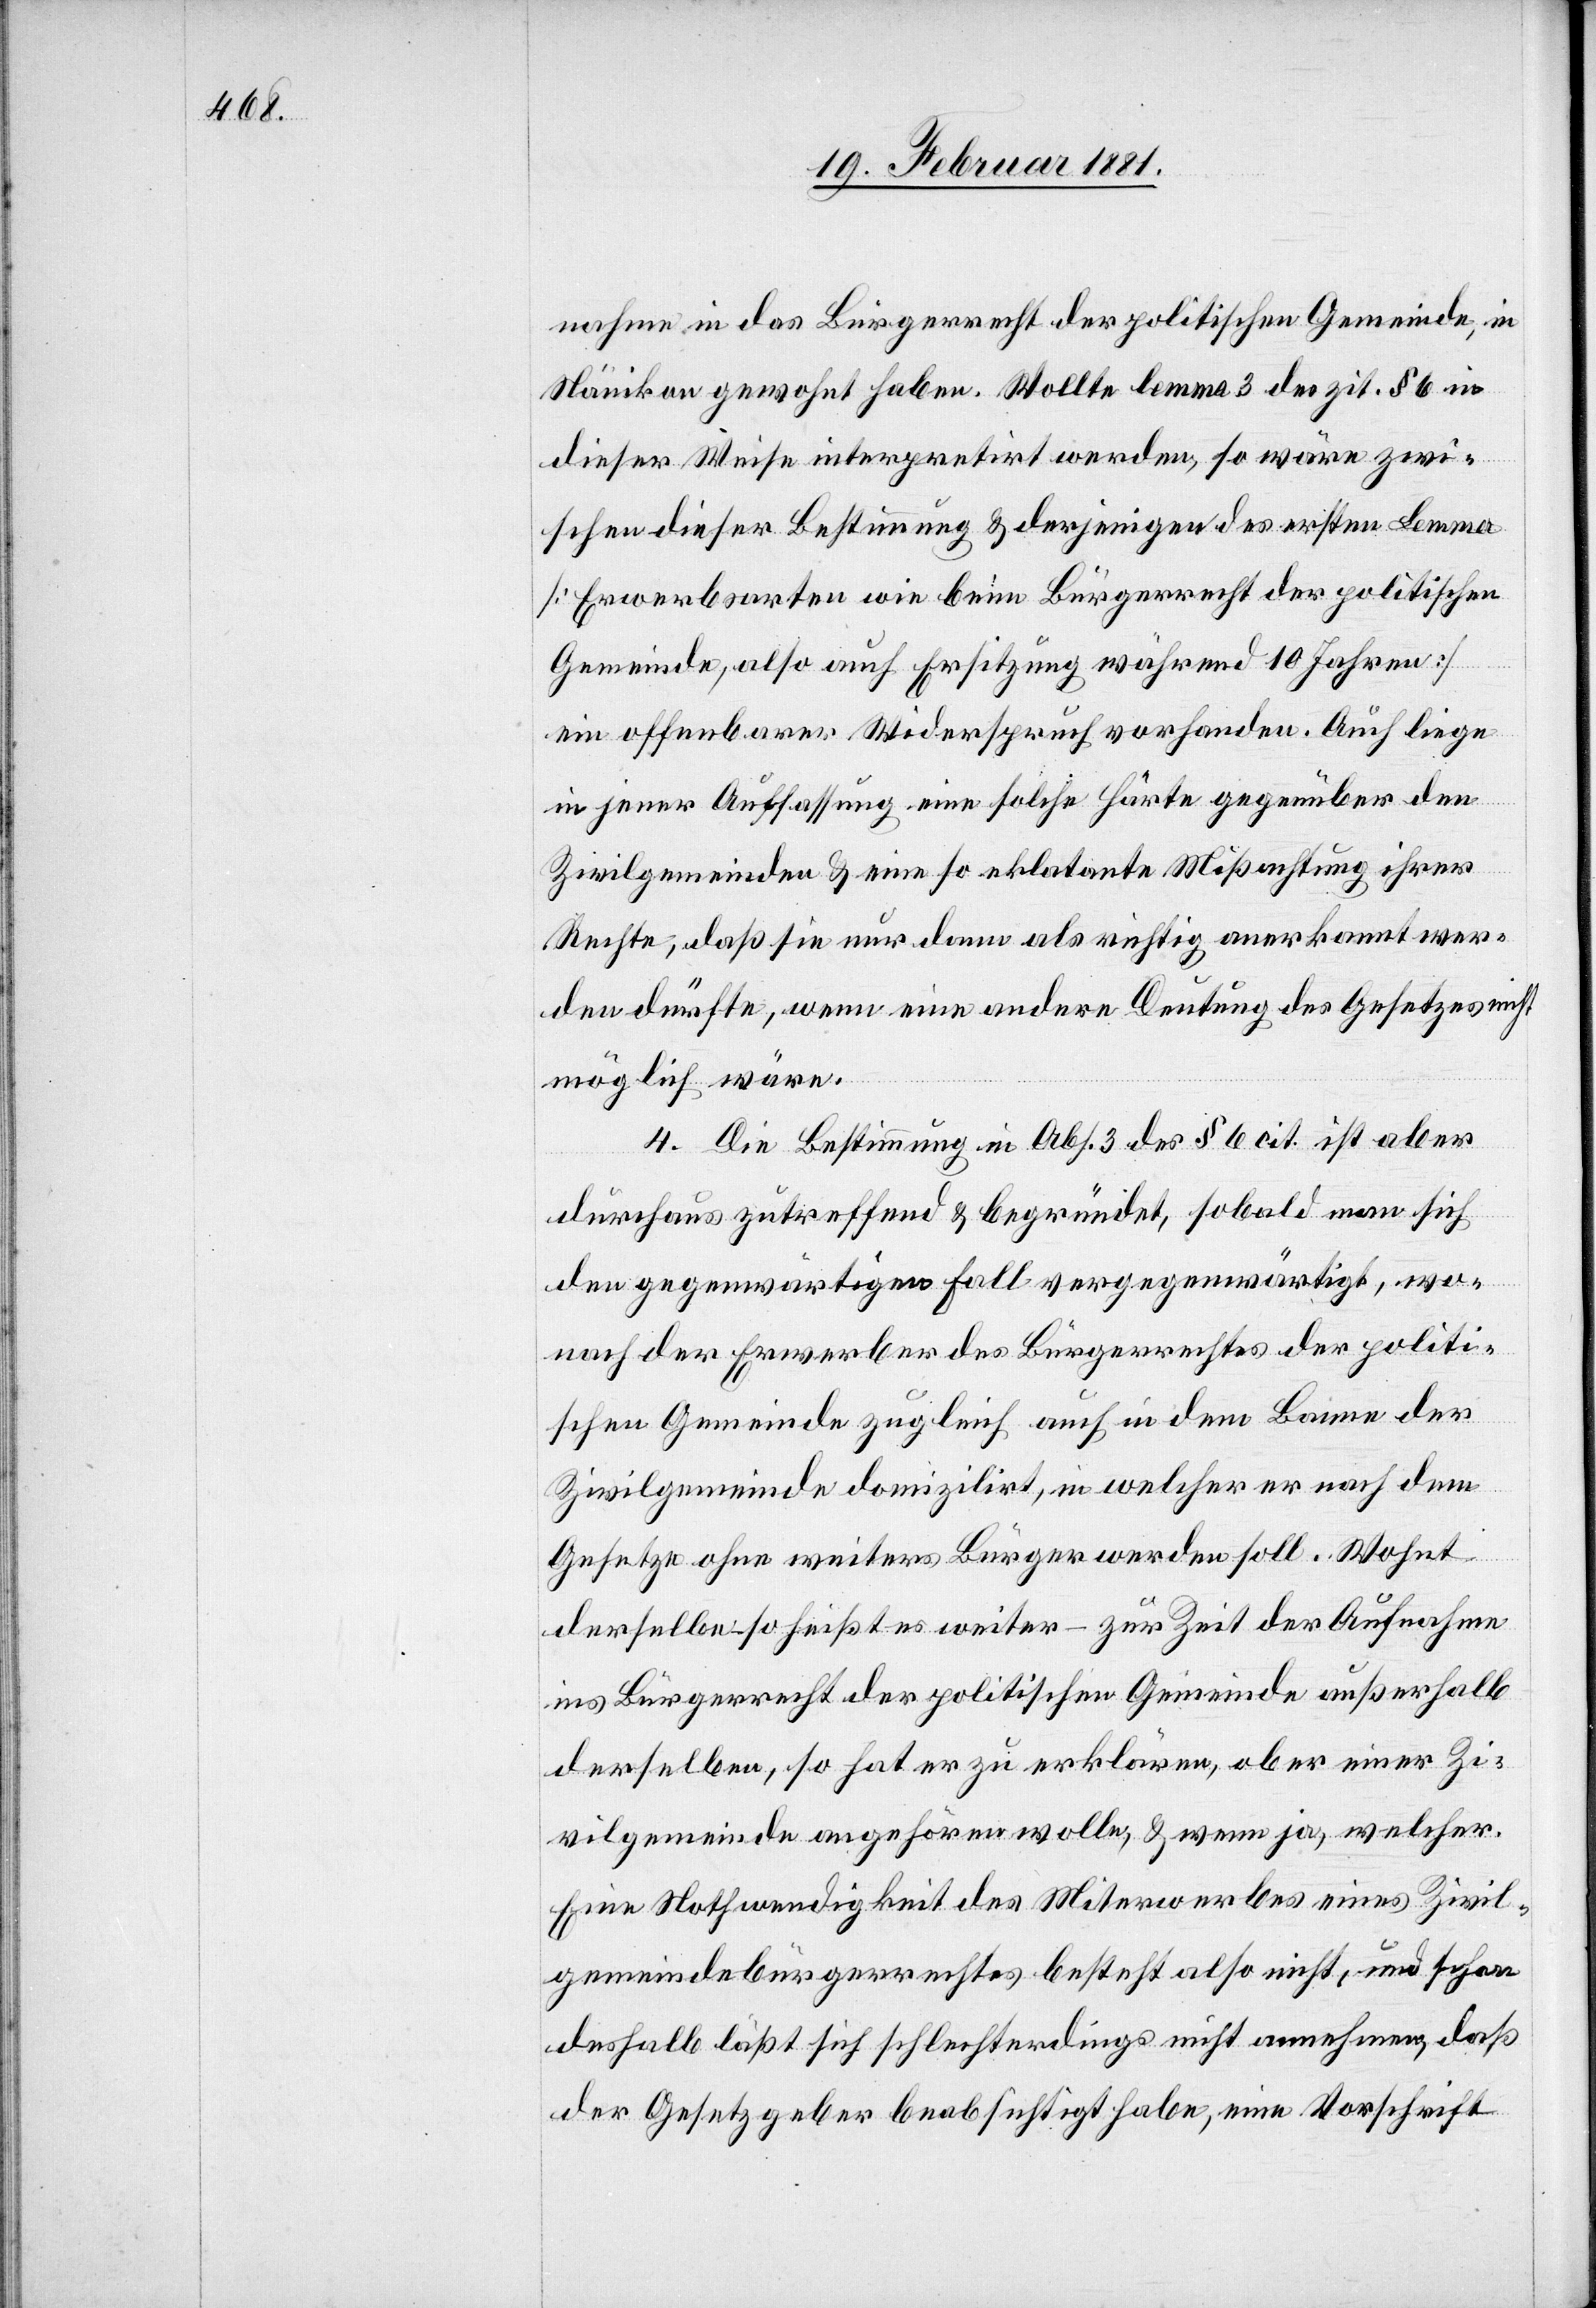
nahme in das Bürgerrecht der politischen Gemeinde, in
Nänikon gewohnt haben. Wollte lemma 3 des zit. § 6 in
dieser Weise interpretirt werden, so wäre zwi¬
schen dieser Bestimmung & derjenigen des ersten Lemma
[Erwerbsarten wie beim Bürgerrecht der politischen
Gemeinde, also auch Ersitzung während 10 Jahren]
ein offenbarer Widerspruch vorhanden. Auch liege
in jener Auffassung eine solche Härte gegenüber den
Zivilgemeinden & eine so eklatante Mißachtung ihrer
Rechte, daß sie nur dann als richtig anerkannt wer¬
den dürfte, wenn eine andere Deutung des Gesetzes nicht
möglich wäre.
4. Die Bestimmung in Abs. 3 des § 6 cit. ist aber
durchaus zutreffend & begründet, sobald man sich
den gegenwärtigen Fall vergegenwärtigt, wo¬
nach der Erwerber des Bürgerrechtes der politi¬
schen Gemeinde zugleich auch in dem Banne der
Zivilgemeinde domilizirt, in welcher er nach dem
Gesetze ohne weiters Bürger werden soll. Wohnt
derselbe – so heißt es weiter – zur Zeit der Aufnahme
ins Bürgerrecht der politischen Gemeinde außerhalb
derselben, so hat er zu erklären, ob er einer Zi¬
vilgemeinde angehören wolle, & wenn ja, welcher.
Eine Nothwendigkeit des Miterwerbes eines Zivil¬
gemeindebürgerrechtes besteht also nicht, und schon
deshalb läßt sich schlechterdings nicht annehmen, daß
der Gesetzgeber beabsichtigt habe, eine Vorschrift